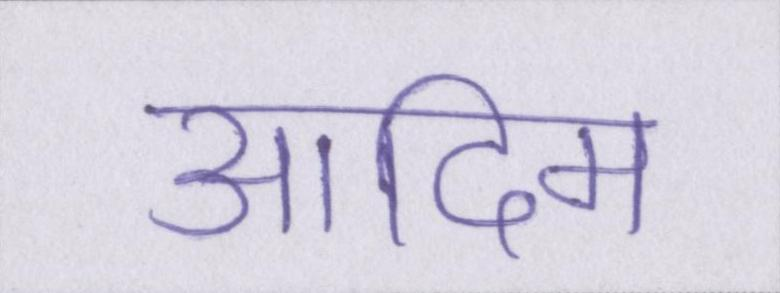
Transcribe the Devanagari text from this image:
आदिम